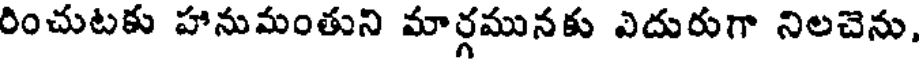
రించుటకు హానుమంతుని మార్గమునకు ఎదురుగా నిలచెను,